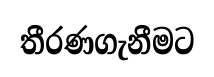
තීරණගැනීමට